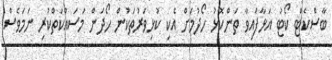
ބާސްކެޓް ކޯޓު އަޅާފައިވާ ތަންކޮޅު ހޯދުމަށް އެކި ކުޅިވަރުތަކުން ހޯދަން މަސައްކަތްކުރި ނަމަވެސް